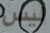
ليس